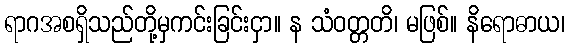
ရာဂအစရှိသည်တို့မှကင်းခြင်းငှာ။ န သံဝတ္တတိ၊ မဖြစ်။ နိရောဓာယ၊